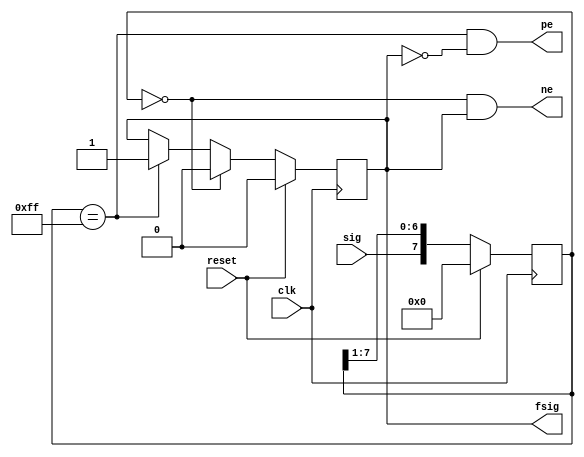
`timescale 1ns / 1ps
//////////////////////////////////////////////////////////////////////////////////
// Module Name:		I2C_Slave_EdgeFilter
// Project Name:		I2C_Slave-LCD_Buttons_Switches
// Target Devices:	SPARTAN 3E
// Description:		I2C Slave Edge Filter
// Dependencies:
//////////////////////////////////////////////////////////////////////////////////
module I2C_Slave_EdgeFilter(
	output reg fsig,	// Filtered Signal
	output ne,			// Negative Edge
	output pe,			// Positive Edge
	input sig,			// Original Signal
	input clk,
	input reset
	);

	wire A0s;
	wire A1s;
	reg [7:0]fR;
	
	//assign A0s = ~(~(~(~(~(~(~(fR[7] | fR[6]) | fR[5]) | fR[4]) | fR[3]) | fR[2]) | fR[1]) | fR[0]);
	assign A0s = fR == 0;
	assign A1s = fR == 8'b11111111;
	//assign A1s = (((((((fR[7] & fR[6]) & fR[5]) & fR[4]) & fR[3]) & fR[2]) & fR[1]) & fR[0]);
	assign ne = A0s & fsig;
	assign pe = A1s & ~fsig;

	always@(posedge clk) begin
		if (reset) begin
			fR <= 0;
			fsig <= 0;
		end
		else begin
			fR <= {sig, fR[7:1]};
			if (A0s)
				// Set Filtered Signal Low
				fsig <= 0;
			else begin
				if (A1s)
					// Set Filtered Signal High
					fsig <= 1;
			end
		end
	end
endmodule